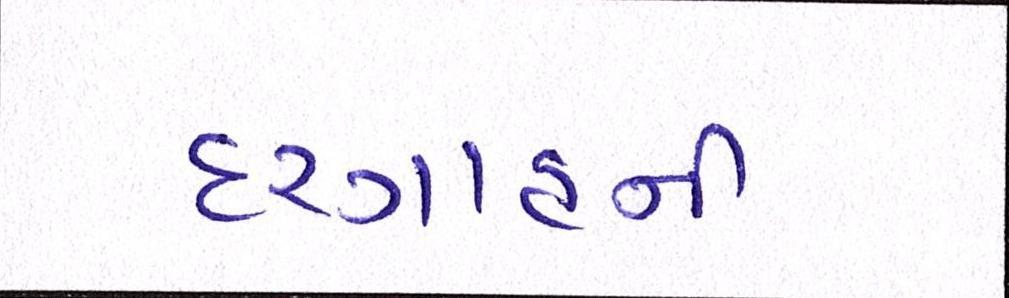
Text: દરગાહની